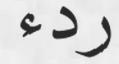
ردء